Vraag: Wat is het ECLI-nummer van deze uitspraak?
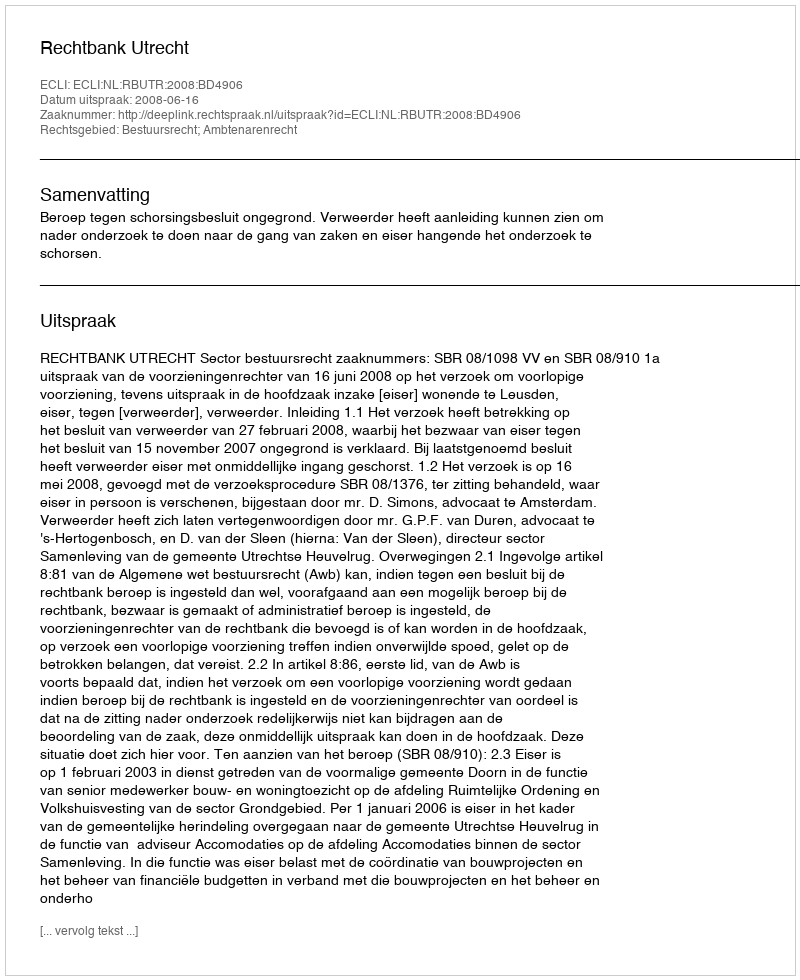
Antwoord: ECLI:NL:RBUTR:2008:BD4906